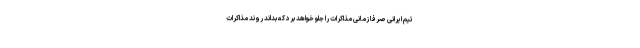
تیم ایرانی صرفاً زمانی مذاکرات را جلو خواهد برد که بداند روند مذاکرات